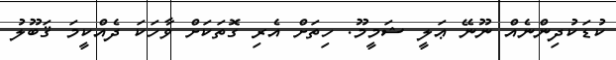
ކުޑަކުދިންނެއް ނޫނޭ ޢަލީ ޝަމީމޫ. ހިތަށް އެރި ގޮތަކަށް ވާހަކަ ދެއްކީމަ ޤަބޫލު